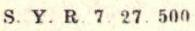
S.Y.R.7 27.500